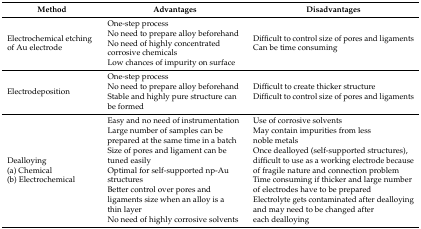
<table><thead><tr><td><b>Method</b></td><td><b>Advantages</b></td><td><b>Disadvantages</b></td></tr></thead><tbody><tr><td>Electrochemical etching of Au electrode</td><td>One-step processNo need to prepare alloy beforehandNo need of highly concentrated corrosive chemicalsLow chances of impurity on surface</td><td>Difficult to control size of pores and ligamentsCan be time consuming</td></tr><tr><td>Electrodeposition</td><td>One-step processNo need to prepare alloy beforehandStable and highly pure structure can be formed</td><td>Difficult to create thicker structureDifficult to control size of pores and ligaments</td></tr><tr><td>Dealloying(a) Chemical(b) Electrochemical</td><td>Easy and no need of instrumentationLarge number of samples can be prepared at the same time in a batchSize of pores and ligament can be tuned easilyOptimal for self-supported np-Au structuresBetter control over pores and ligaments size when an alloy is a thin layerNo need of highly corrosive solvents</td><td>Use of corrosive solventsMay contain impurities from less noble metalsOnce dealloyed (self-supported structures), difficult to use as a working electrode because of fragile nature and connection problemTime consuming if thicker and large number of electrodes have to be preparedElectrolyte gets contaminated after dealloying and may need to be changed after each dealloying</td></tr></tbody></table>